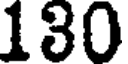
130